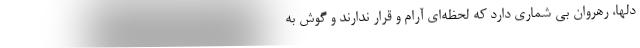
دلها، رهروان بی شماری دارد که لحظه‌ای آرام و قرار ندارند و گوش به